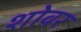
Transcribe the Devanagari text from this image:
शोवर